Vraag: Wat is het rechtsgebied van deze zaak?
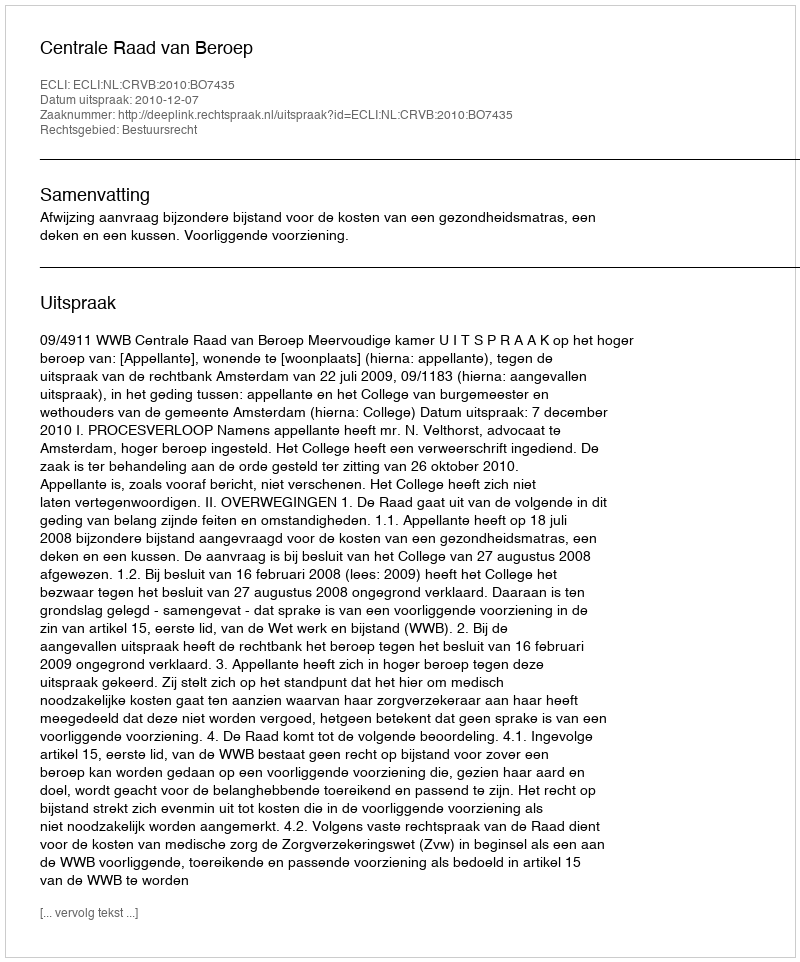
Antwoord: Bestuursrecht